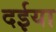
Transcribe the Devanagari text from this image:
दईया